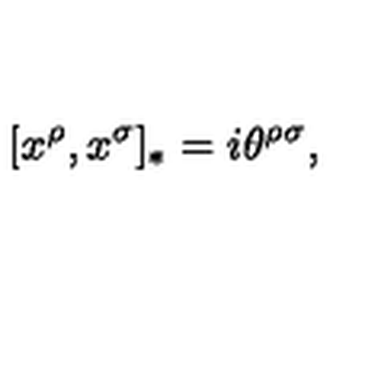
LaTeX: [ x ^ { \rho } , x ^ { \sigma } ] _ { * } = i \theta ^ { \rho \sigma } ,